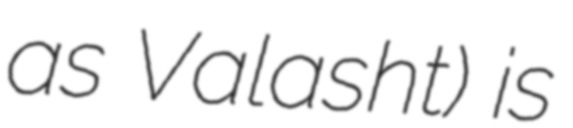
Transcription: as Valasht) is